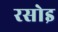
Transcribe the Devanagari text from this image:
रसोइ